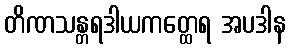
တိဏသန္တရဒါယကတ္ထေရ အပဒါန